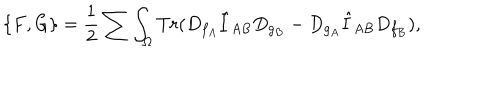
\{ F , G \} = { \frac { 1 } { 2 } } \sum \int _ { \Omega } T r ( D _ { f _ { A } } \hat { I } _ { A B } D _ { g _ { B } } - D _ { g _ { A } } \hat { I } _ { A B } D _ { f _ { B } } ) ,